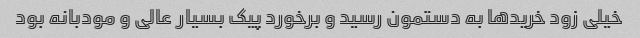
خیلی زود خریدها به دستمون رسید و برخورد پیک بسیار عالی و مودبانه بود